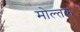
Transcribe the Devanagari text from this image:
मोल्तके